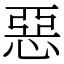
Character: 惡